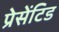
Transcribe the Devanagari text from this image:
प्रेसेंटिड